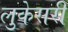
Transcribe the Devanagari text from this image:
लुकेसरी